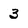
Character: 3